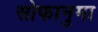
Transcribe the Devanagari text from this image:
सोफानुमा